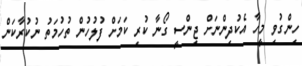
ހިންގުވި މީހާ އެކުދިންނަށް ޖިންސީ ގޯނާ ކުރި ކަމަށް ފުލުހުން ތުހުމަތު ނުކުރާކަން